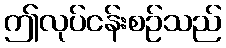
ဤလုပ်ငန်းစဉ်သည်